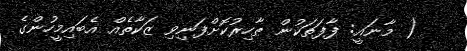
( މާނައީ: ފާފަތަކުން ޠާހިރުކޮށްފަނިވި ޒަކާތެއް އެބައިމީހުންގެ